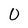
Character: O